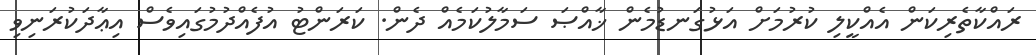
ރައްކާތެރިކަން އެއްކީލި ކުރުމަށް އަޅުގަނޑުމެން ޚާއްޞަ ސަމާލުކަމެއް ދެން. ކަރަންޓު އުފެއްދުމުގައިވެސް އިޢާދަކުރަނިވި